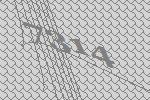
7314